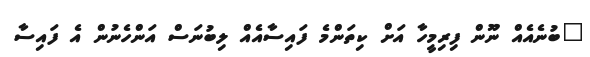
"ބުނެއެއް ނޫން ފިރިމީހާ އަށް ކިތަންމެ ފައިސާއެއް ލިބުނަސް އަންހެނުން އެ ފައިސާ